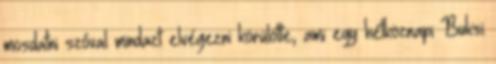
mosdatni szóval mindazt elvégezni körülötte, ami egy hétköznapi Buksi